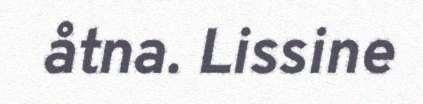
åtna. Lissine